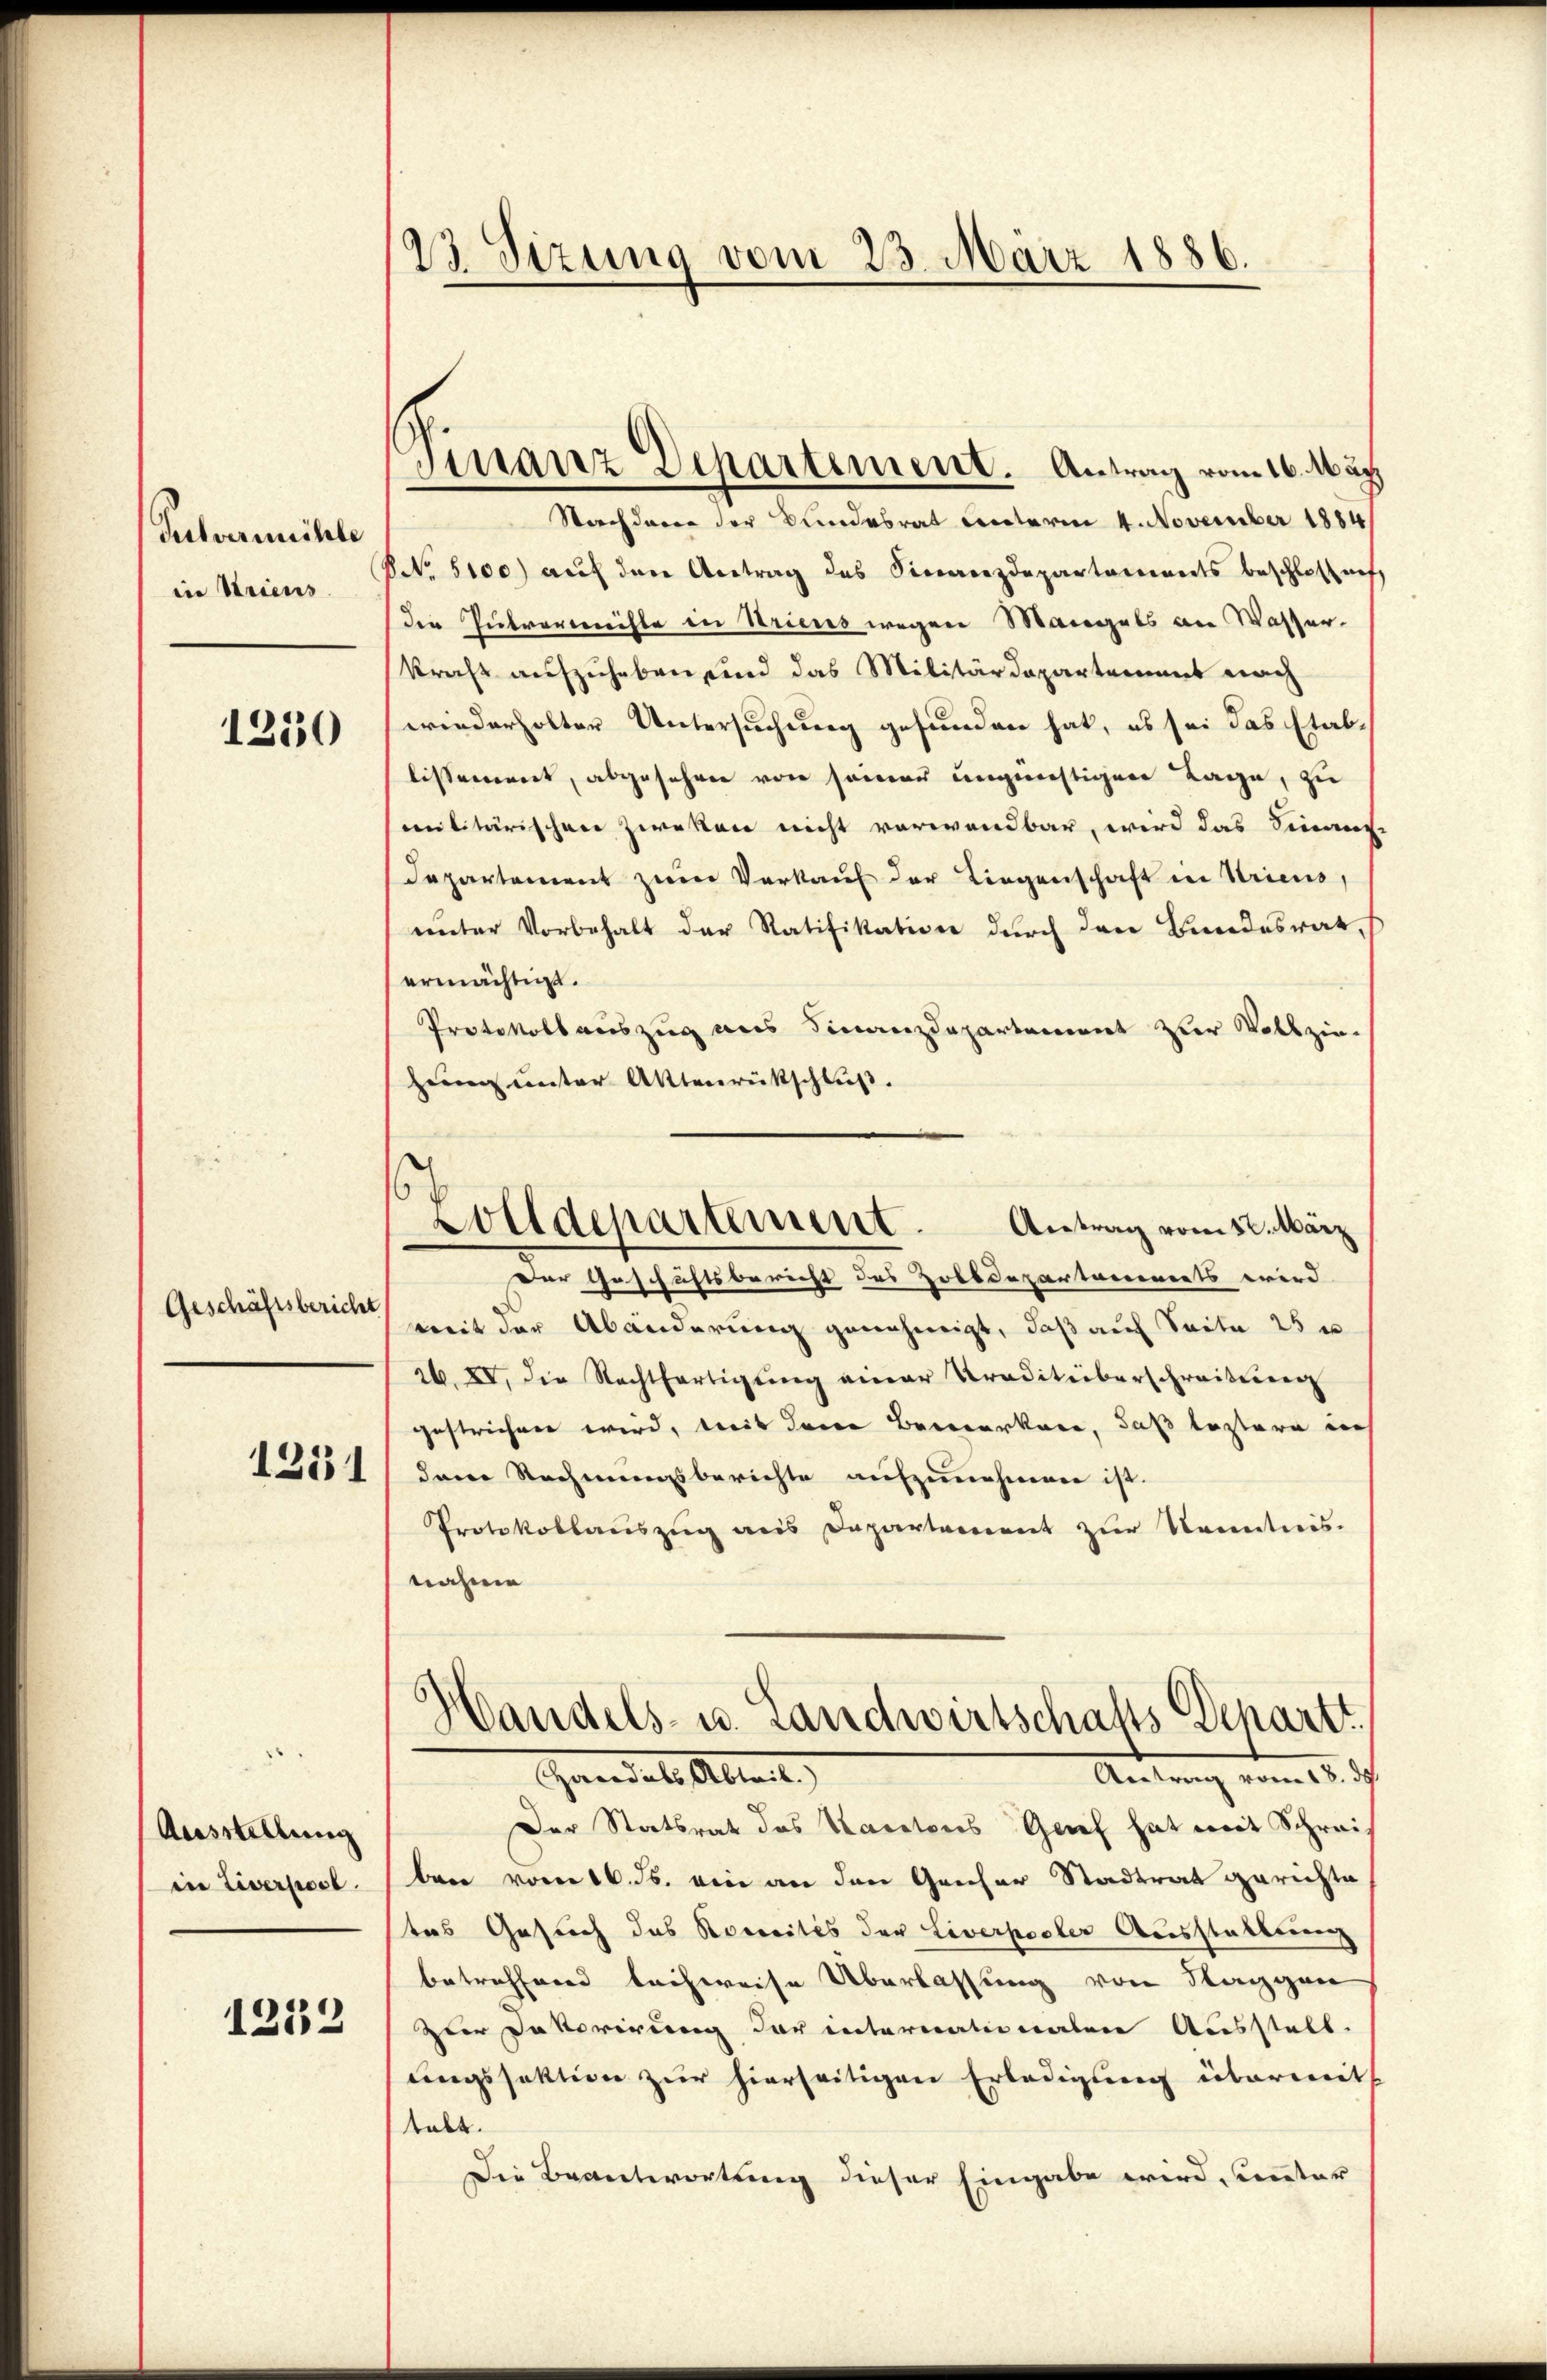
Pulvereichle
in Striens

1250

Geschäftsberich

1231

Ausstellung
in Liverpost.

1252

23 Sizung vom 23. März 1886.

Finanz Departement. Antrag vom 16. März

s
Zolldepartement. Antrag vom 12. März

Nachdero der Bundesrat unterm 4. November 1884
NNo. 5100) auf den Antrag des Finanzdepartarereits beschlossnef
Die Güterreichte in Striens wegen Mangels an Wasser-
kraft aufzuheben und das Militärdepartement nach
wiederholter Untersuchung gesunden hat, es sei das Etablissement, abgefahren von seiner ungünstigen Tage, zu
militärischen Zweken nicht verwendbar, wird das Finanz-
Departement zum Verkauf der Liegenschaft in Stricus
unter Vorbehalt der Ratifikation durch den Bundesrat,
ermächtigt.
Protokollauszug aus Finanzdepartement zur Vollziehuung unter Aktenrückschluß.
sem Geschichtsbericht des Zolldepartonierents wird. |
mit der Abänderung genehmigt, daß auf Seite 25 u
26. XV., die Rechtfertigung einer Traditüberschreitung
gestrichen wird, weit dene Bemerken, daß leztere in
den Rechnungsberichte aufzunehmen ist.
Protokollaŭszŭg ans Departement zŭr Kenntnis-
nahme
Gandels- u. Landwirtschafts Departt
Handels Altert
Andung vom 15. d.
Der Statsrat des Kantons Genf hat mit Schreiben vom 16. ds. ein an den Greser Stadtrat gerichte
tes Gesuch das Noveritis der Liverpooler Ausstellung
betreffend leihweise Überlassung von Staggen
zter Dekorirung der internationalen Ausstell
ungssektion zur hierseitigen Erledigung überweit
tabt.
Die Beantwortung dieser Eingabe wird, unter